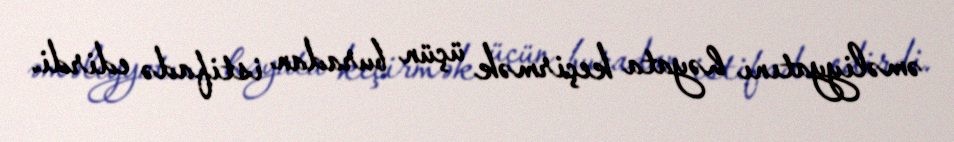
əməliyyatını həyata keçirmək üçün buradan istifadə edirdi.